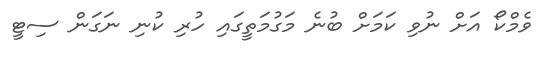
ވެމްކޯ އަށް ނުވި ކަމަށް ބުނެ މަގުމަތީގައި ހުރި ކުނި ނަގަން ސިޓީ